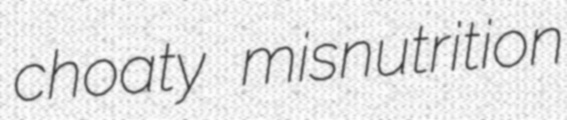
choaty misnutrition